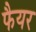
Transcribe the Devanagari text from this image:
फैयर